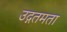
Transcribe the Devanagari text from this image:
उद्गतमता